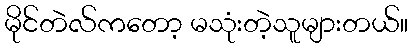
မိုင်တဲလ်ကတော့ မသုံးတဲ့သူများတယ်။